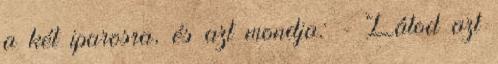
a két iparosra, és azt mondja: - Látod azt